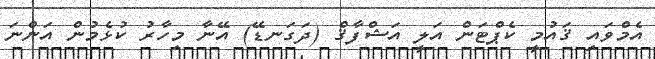
އެމްވައި ޤައުމީ ކެޕްޓަން އަލީ އަޝްފާޤް (ދަގަނޑޭ) އޭނާ މިހާރު ކުޅެމުން އަންނަ